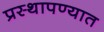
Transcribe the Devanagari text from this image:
प्रस्थापण्यात